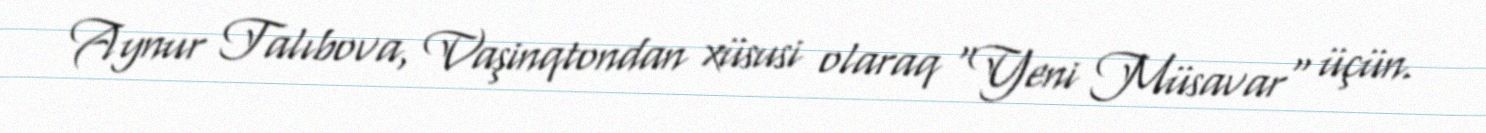
Aynur Talıbova, Vaşinqtondan xüsusi olaraq "Yeni Müsavar" üçün.